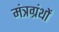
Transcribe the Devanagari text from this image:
मंत्रग्रंथों